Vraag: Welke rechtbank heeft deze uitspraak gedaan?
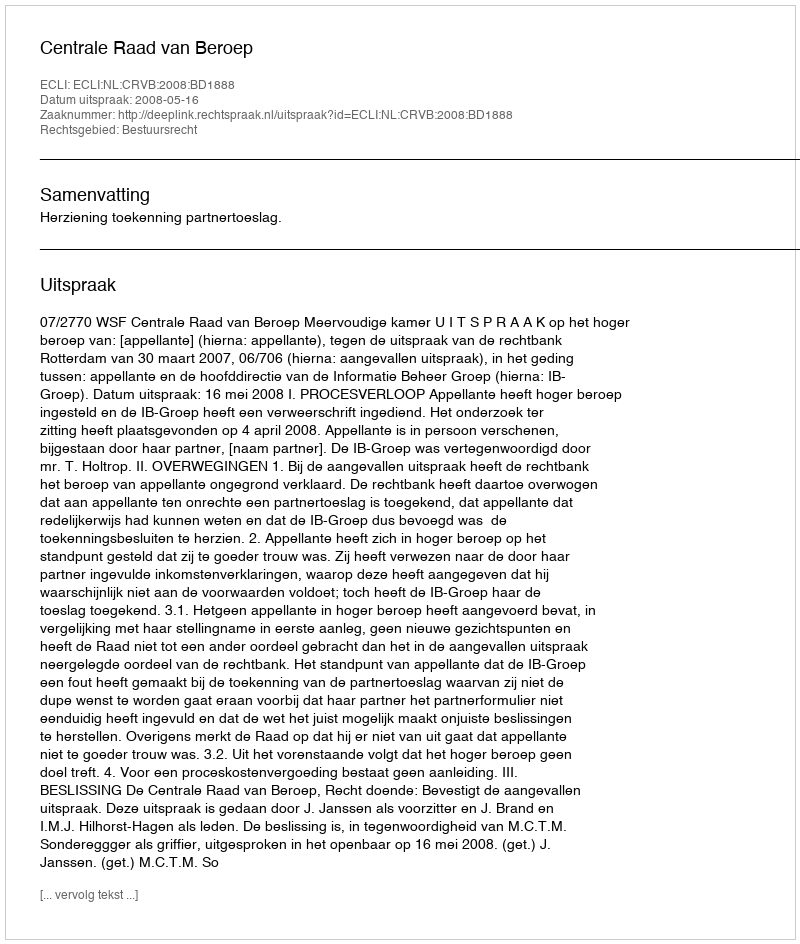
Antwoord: Centrale Raad van Beroep